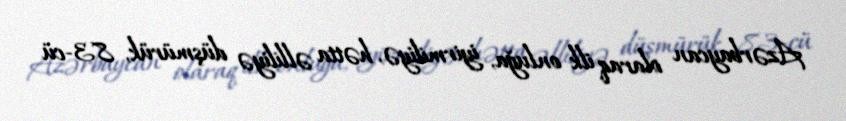
Azərbaycan olaraq ilk onluğa, iyirmiliyə, hətta əlliliyə düşmürük, 83-cü